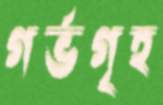
গর্ভগৃহ